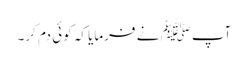
آپﷺ نے فرمایا کہ کوئی دم کر۔